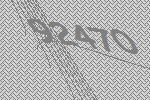
92470